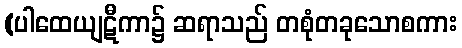
(ပါထေယျဋီကာ၌ ဆရာသည် တစုံတခုသောစကား